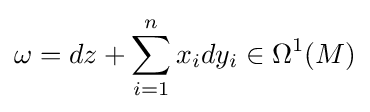
\omega =dz+\sum _{i=1}^{n}x_{i}dy_{i}\in \Omega ^{1}(M)